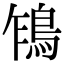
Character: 𩿞